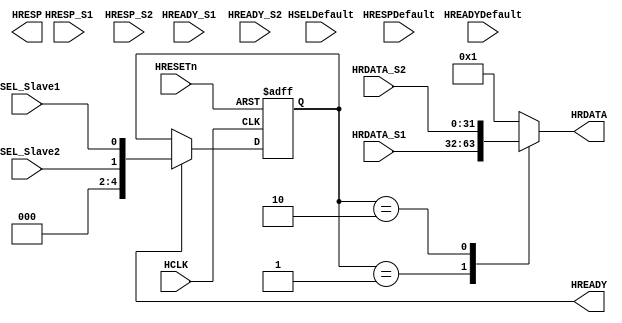
`timescale 1ns/10ps
module MuxS2M (HCLK, HRESETn,
HSELDefault, HSEL_Slave1, HSEL_Slave2,
HRDATA_S1, HREADY_S1, HRESP_S1, //S1
HRDATA_S2, HREADY_S2, HRESP_S2, //S2        
HREADYDefault, HRESPDefault, //Default
HRDATA, HREADY, HRESP
);
 
  input         HCLK;
  input         HRESETn;
  
  input			HSELDefault;      // Default Slave
  input			HSEL_Slave1;			// S1
  input			HSEL_Slave2;			// S2
  
  input  [31:0] HRDATA_S1;
  input         HREADY_S1;
  input   [1:0] HRESP_S1;

  input  [31:0] HRDATA_S2;
  input         HREADY_S2;
  input   [1:0] HRESP_S2;

  input         HREADYDefault;
  input   [1:0] HRESPDefault;

  output [31:0] HRDATA;
  output        HREADY;
  output  [1:0] HRESP;
 
//------------------------------------------------------------------------------
// Constant declarations
//------------------------------------------------------------------------------
// HselReg encoding. This must be extended if more than eight AHB peripherals
//  are used in the system.
  `define HSEL_1  			2'b01
  `define HSEL_2  			2'b10
 
//------------------------------------------------------------------------------
// Signal declarations
//------------------------------------------------------------------------------
  wire  [4:0] HselNext; // HSEL input bus
  reg   [4:0] HselReg;  // HSEL input register

  reg  [31:0] HRDATA;   // Registered output signal
  reg         HREADY;
  reg   [1:0] HRESP;    // Registered output signal

//------------------------------------------------------------------------------
// HSEL bus and registers
//------------------------------------------------------------------------------
  assign HselNext = {HSEL_Slave2,HSEL_Slave1};

  always @(posedge HCLK or negedge HRESETn)
  begin
    if (!HRESETn)
      HselReg <=#1 2'b00;
    else if (HREADY)
      HselReg <=#1 HselNext;
  end
 
//------------------------------------------------------------------------------
// Multiplexers
//------------------------------------------------------------------------------
  always @( HselReg or HRDATA_S1 or HRDATA_S2 )
  begin
    case (HselReg)
      `HSEL_1: HRDATA = HRDATA_S1;
      `HSEL_2: HRDATA = HRDATA_S2;
      default: HRDATA = 32'h0000_0001;
    endcase
  end
  
  always @( HselReg or HREADY_S1 or HREADY_S2 or HREADYDefault )
  begin
    /*complete this part by yourself*/
  end
  
  always @( HselReg or HRESP_S1 or HRESP_S2 or HRESPDefault )
  begin
    /*complete this part by yourself*/
  end

endmodule